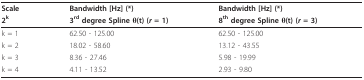
| Scale | Bandwidth [Hz] (*) | Bandwidth [Hz] (*) |
 | 2k | 3rd degree Spline θ(t) (r = 1) | 8th degree Spline θ(t) (r = 3) |
 | --- | --- | --- |
 | k = 1 | 62.50 - 125.00 | 62.50 - 125.00 |
 | k = 2 | 18.02 - 58.60 | 13.12 - 43.55 |
 | k = 3 | 8.36 - 27.46 | 5.98 - 19.99 |
 | k = 4 | 4.11 - 13.52 | 2.93 - 9.80 |